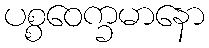
ပစ္စဝေက္ခမာနော